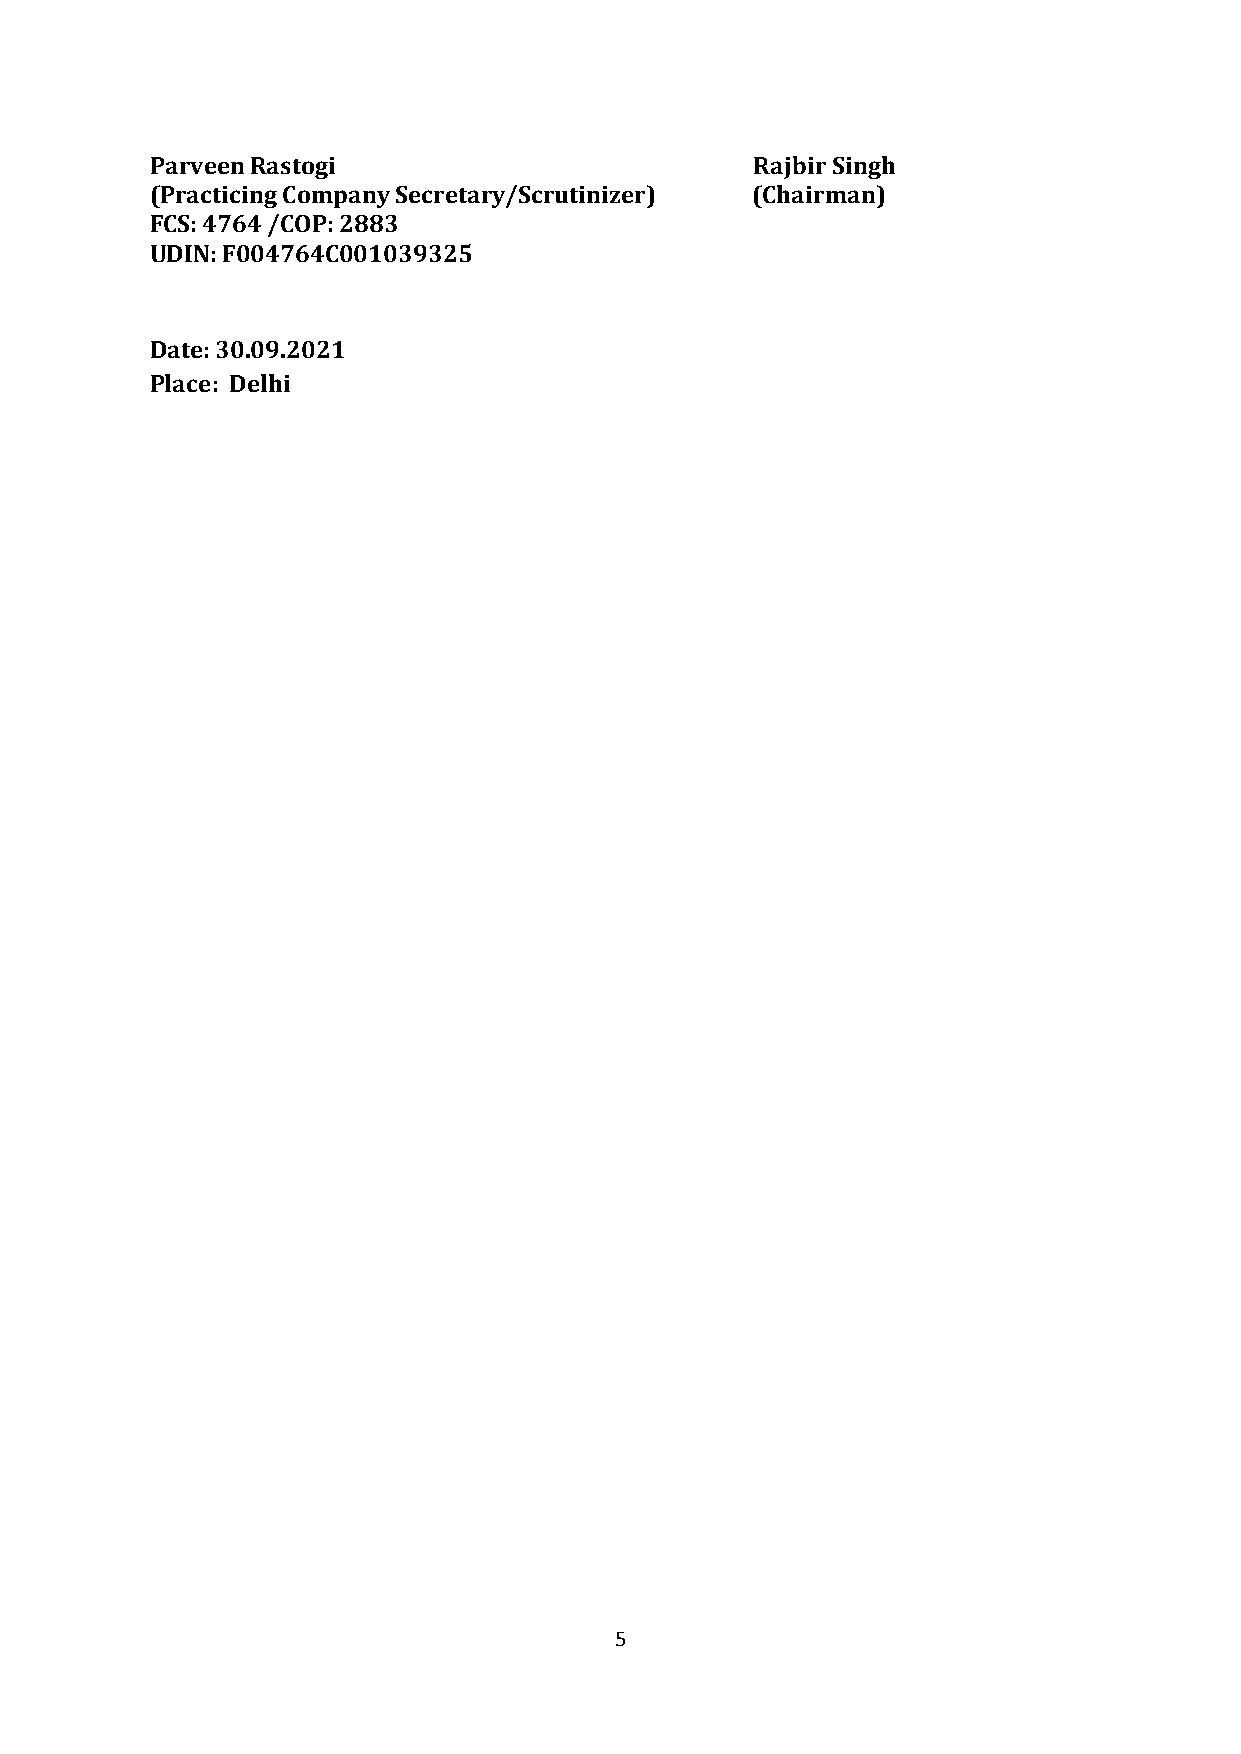
Parveen Rastogi                         Rajbir Singh
 (Practicing Company Secretary/Scrutinizer) (Chairman)
 FCS: 4764 /COP: 2883
 UDIN: F004764C001039325
 Date: 30.09.2021
 Place: Delhi
 5